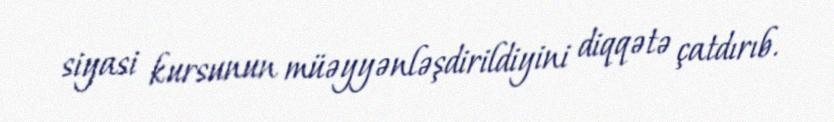
siyasi kursunun müəyyənləşdirildiyini diqqətə çatdırıb.